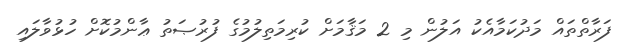
ފަރާތްތައް މަދުކަމާއެކު އަލުން މި 2 މަޤާމަށް ކުރިމަތިލުމުގެ ފުރުޞަތު ޢާންމުކޮށް ހުޅުވާލައި